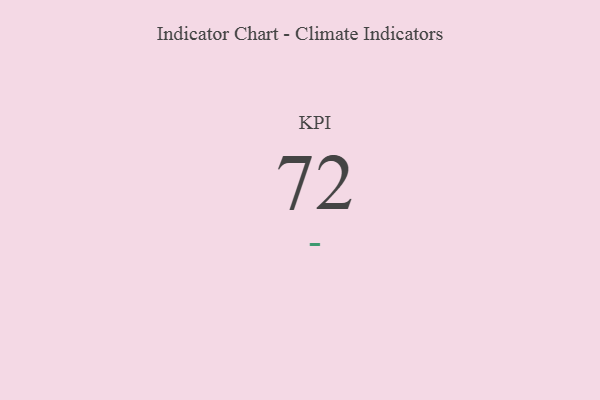
{"axis": {"x": "KPI", "y": "Value"}, "legend": [""], "data": [{"x": "KPI", "y": 72, "type": ""}]}